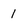
Character: 1